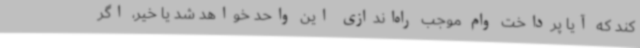
کند که آیا پرداخت وام موجب راه‌اندازی این واحد خواهد شد یا خیر، اگر